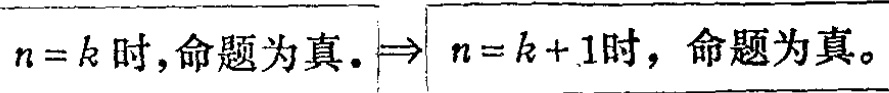
\(n = k\text{ 时},命题为真.\Rightarrow n = k + 1\text{ 时},命题为真。\)